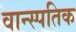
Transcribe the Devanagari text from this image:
वान्स्पतिक